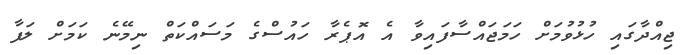
ޖިއްދާގައި ހުޅުވުމަށް ހަމަޖައްސާފައިވާ އެ އޮޕެރާ ހައުސްގެ މަސައްކަތް ނިމޭނެ ކަމަށް ލަފާ